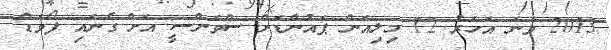
2013 ވަނަ އަހަރު 12 މިލިއަން ޕައުންޑަށް ސްވަންސީ އަށް ގެނައި ފޯވަޑް